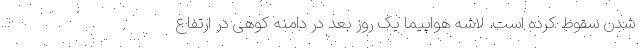
شدن سقوط کرده است. لاشه هواپیما یک روز بعد در دامنه کوهی در ارتفاع